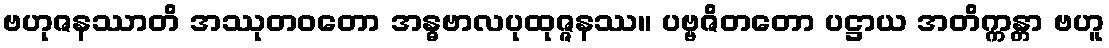
ဗဟုဇနဿာတိ အဿုတဝတော အန္ဓဗာလပုထုဇ္ဇနဿ။ ပဗ္ဗဇိတတော ပဋ္ဌာယ အတိက္ကန္တာ ဗဟူ